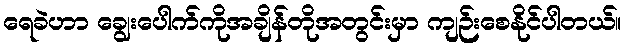
ရေခဲဟာ ချွေးပေါက်ကိုအချိန်တိုအတွင်းမှာ ကျဉ်းစေနိုင်ပါတယ်။